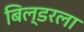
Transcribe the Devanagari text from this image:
बिल्डरला